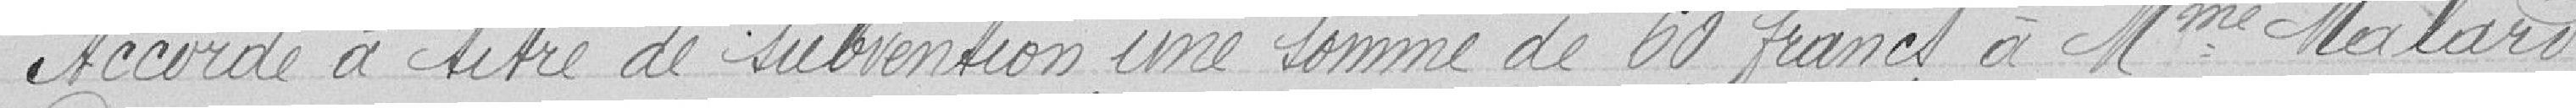
Accorde à titre de subvention une somme de 60 francs à Mme Malard.